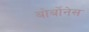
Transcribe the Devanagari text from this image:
बोर्बोनेस